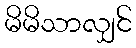
မိမိသာလျှင်